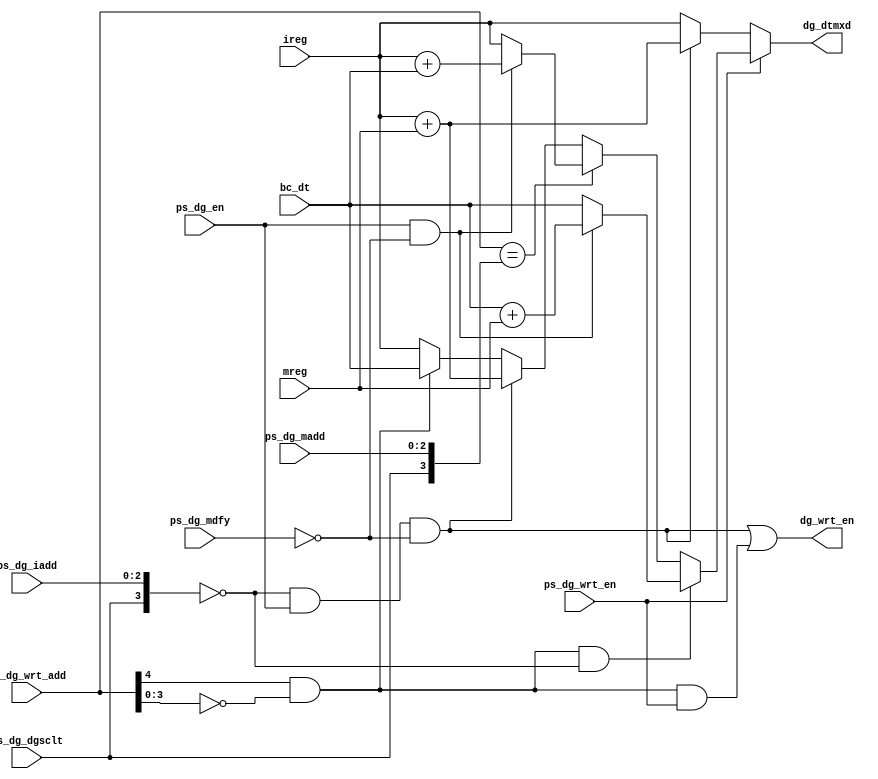
//5th May

module iwrt #(parameter ILOC=0) (ps_dg_en,ps_dg_dgsclt,ps_dg_mdfy,ps_dg_wrt_en,ps_dg_iadd,ps_dg_madd,ps_dg_wrt_add,bc_dt,ireg,mreg,dg_wrt_en,dg_dtmxd);

input ps_dg_en,ps_dg_dgsclt,ps_dg_mdfy,ps_dg_wrt_en;
input[2:0] ps_dg_iadd,ps_dg_madd;
input[4:0] ps_dg_wrt_add;
input[15:0] bc_dt;
input[15:0] ireg;
input[15:0] mreg;

output dg_wrt_en;
output[15:0] dg_dtmxd;

reg dg_wrt_en;
reg[15:0] dg_dtmxd;

reg[1:0] cmp;

always@(*) begin

	cmp[0]= ( ({ps_dg_dgsclt,ps_dg_iadd}) == ILOC );
	cmp[1]= ps_dg_wrt_add[4] & ( ps_dg_wrt_add[3:0] == ILOC );

	dg_wrt_en= ( ( cmp[0] & ps_dg_en & ~ps_dg_mdfy ) | ( cmp[1] & ps_dg_wrt_en ) );

	if(ps_dg_wrt_en) begin
		if(cmp[1] & cmp[0]) begin 
			if(ps_dg_en & ~ps_dg_mdfy) begin	
				dg_dtmxd=bc_dt+mreg;
			end else begin
				dg_dtmxd=bc_dt;
			end
		end else if(ps_dg_wrt_add=={1'b0,ps_dg_dgsclt,ps_dg_madd}) begin
			if(ps_dg_en & ~ps_dg_mdfy) begin	
				dg_dtmxd=ireg+bc_dt;
			end else begin
				dg_dtmxd=ireg;
			end
		end else begin
			if(cmp[0] & ps_dg_en & ~ps_dg_mdfy) begin	
				dg_dtmxd=ireg+mreg;
			end else if(cmp[1]) begin
				dg_dtmxd=bc_dt;
			end else begin
				dg_dtmxd=ireg;
			end
		end
	end else if(cmp[0] & ps_dg_en & ~ps_dg_mdfy) begin
		dg_dtmxd=ireg+mreg;
	end else
		dg_dtmxd=ireg;
	
end
	

endmodule

module DAG_top(clk,ps_dg_en,ps_dg_dgsclt,ps_dg_mdfy,dg_dm_add,dg_ps_add,ps_dg_iadd,ps_dg_madd,bc_dt,ps_dg_wrt_en,dg_bc_dt,ps_dg_wrt_add,ps_dg_rd_add);

input clk,ps_dg_en,ps_dg_dgsclt,ps_dg_mdfy,ps_dg_wrt_en;
input[2:0] ps_dg_iadd,ps_dg_madd;
input[4:0] ps_dg_wrt_add,ps_dg_rd_add;
input [15:0] bc_dt;
output [15:0] dg_dm_add,dg_ps_add;
output [15:0] dg_bc_dt;

reg[15:0] i[15:0];
reg[15:0] m[15:0];
reg [15:0] dg_dm_add,dg_ps_add;
reg[15:0] dg_bc_dt,dg_rd_dt;

reg[15:0] iwrt_mreg;

wire[15:0] dg_wrt_en;
wire[15:0] dg_dtmxd[15:0];

integer y;
genvar x;

generate
	for(x=0;x<16;x=x+1) begin : generate_block_identifier
		iwrt #(.ILOC(x)) wrt_comb(ps_dg_en,ps_dg_dgsclt,ps_dg_mdfy,ps_dg_wrt_en,ps_dg_iadd,ps_dg_madd,ps_dg_wrt_add,bc_dt,i[x],iwrt_mreg,dg_wrt_en[x],dg_dtmxd[x]);
	end
endgenerate

always@(*) begin

	iwrt_mreg=m[{ps_dg_dgsclt,ps_dg_madd}];

end

always@(posedge clk) begin

	for(y=0;y<16;y=y+1) begin
		if(dg_wrt_en[y]) begin
			i[y]<=dg_dtmxd[y];
		end
	end
	
	if(ps_dg_wrt_en) begin
		if(~ps_dg_wrt_add[4]) begin
	      		m[ps_dg_wrt_add[3:0]]<=bc_dt;  
  		end
	end

end

always@(*) begin 
	if (ps_dg_wrt_en) begin
		if(ps_dg_wrt_add=={1'b1,ps_dg_dgsclt,ps_dg_iadd}) begin 
			if(ps_dg_en) begin
				if(ps_dg_dgsclt) begin
					if(ps_dg_mdfy) begin
						dg_ps_add=bc_dt+m[ps_dg_madd+4'b1000];
					end else begin
						dg_ps_add=bc_dt;
					end
					dg_dm_add=16'b0;
				end else begin
					if(ps_dg_mdfy) begin
						dg_dm_add=bc_dt+m[ps_dg_madd];
					end
					else begin
						dg_dm_add=bc_dt;
					end
					dg_ps_add=16'b0;
				end 
			end else begin
				dg_ps_add=16'b0;
				dg_dm_add=16'b0;
			end	
		end else if(ps_dg_wrt_add=={1'b0,ps_dg_dgsclt,ps_dg_madd}) begin 
			if(ps_dg_en) begin
				if(ps_dg_dgsclt) begin
					if(ps_dg_mdfy) begin
						dg_ps_add=i[ps_dg_iadd+4'b1000]+bc_dt;
					end else begin
						dg_ps_add=i[ps_dg_iadd+4'b1000];
					end
					dg_dm_add=16'b0;
				end else begin
					if(ps_dg_mdfy) begin
						dg_dm_add=i[ps_dg_iadd]+bc_dt;
					end else begin
						dg_dm_add=i[ps_dg_iadd];
					end
					dg_ps_add=16'b0;
				end 
			end else begin
				dg_ps_add=16'b0;
				dg_dm_add=16'b0;
			end	
		end else begin
			if(ps_dg_en) begin
				if(ps_dg_dgsclt) begin 
					if(ps_dg_mdfy) begin
						dg_ps_add=i[ps_dg_iadd+4'b1000]+m[ps_dg_madd+4'b1000];
					end else begin
						dg_ps_add=i[ps_dg_iadd+4'b1000];
					end
					dg_dm_add=16'b0;
				end else begin
					if(ps_dg_mdfy) begin
						dg_dm_add=i[ps_dg_iadd]+m[ps_dg_madd];
					end else begin
						dg_dm_add=i[ps_dg_iadd];
					end
					dg_ps_add=16'b0;
				end
			end else begin
				dg_ps_add=16'b0;
				dg_dm_add=16'b0;
			end
		end 
	end else begin
		if(ps_dg_en) begin
			if(ps_dg_dgsclt) begin 
				if(ps_dg_mdfy) begin
					dg_ps_add=i[ps_dg_iadd+4'b1000]+m[ps_dg_madd+4'b1000];
				end else begin
					dg_ps_add=i[ps_dg_iadd+4'b1000];
				end
				dg_dm_add=16'b0;
			end else begin
				if(ps_dg_mdfy) begin
					dg_dm_add=i[ps_dg_iadd]+m[ps_dg_madd];
				end else begin
					dg_dm_add=i[ps_dg_iadd];
				end
				dg_ps_add=16'b0;
			end
		end else begin
			dg_ps_add=16'b0;
			dg_dm_add=16'b0;
		end
	end
end

always@(*) begin

	if(ps_dg_rd_add[4]) begin
		dg_rd_dt=i[ps_dg_rd_add[3:0]];
	end else begin
		dg_rd_dt=m[ps_dg_rd_add[3:0]];    
	end

	if( (ps_dg_wrt_add==ps_dg_rd_add) & ps_dg_wrt_en) begin  
		dg_bc_dt=bc_dt;
	end else begin
		dg_bc_dt=dg_rd_dt;
	end

end

endmodule
//End